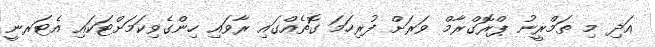
އަދި މި ތަމްރީނު ޕްރޮގްރާމް ވަރަށް ފުރިހަމަ ގޮތެއްގައި ރާވައި ހިންގެވިކަމަށްޓަކައި އެޓަރނީ